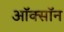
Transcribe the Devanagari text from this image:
ऑक्सॉन